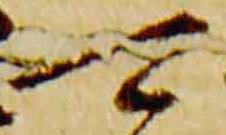
可